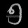
Digit: ၅